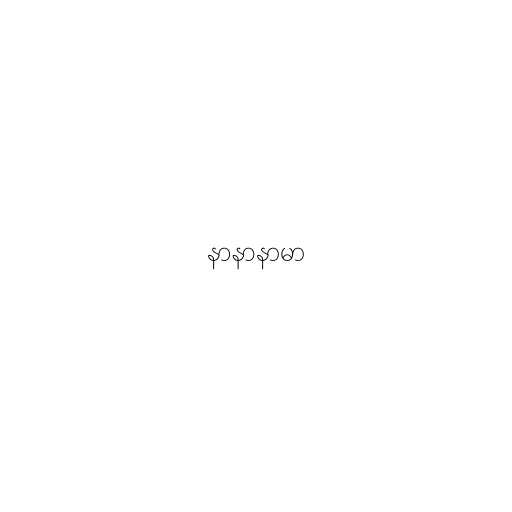
နာနာနာမာ